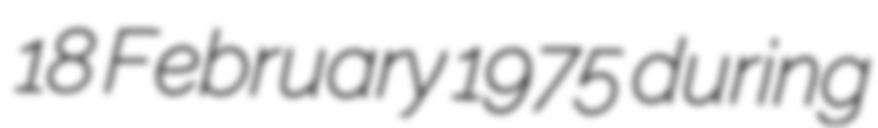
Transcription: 18 February 1975 during